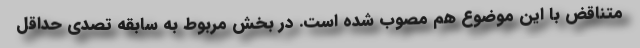
متناقض با این موضوع هم مصوب شده است. در بخش مربوط به سابقه تصدی حداقل